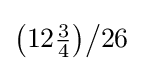
{\bigl (}12{\tfrac {3}{4}}{\bigr )}{\big /}26